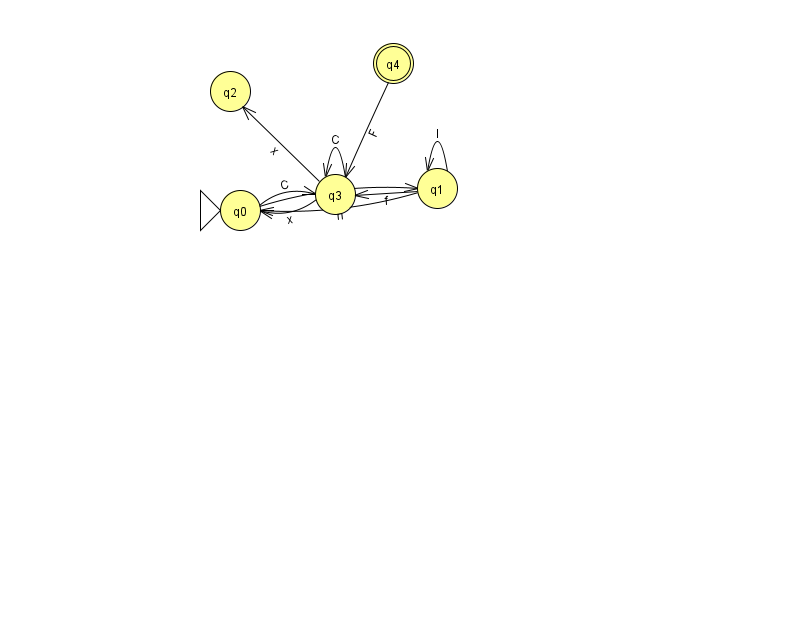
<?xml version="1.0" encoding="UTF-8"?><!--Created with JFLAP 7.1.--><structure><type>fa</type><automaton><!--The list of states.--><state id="0" name="q0"><x>240.0</x><y>197.0</y><initial/></state><state id="1" name="q1"><x>437.0</x><y>175.0</y></state><state id="2" name="q2"><x>230.0</x><y>78.0</y></state><state id="3" name="q3"><x>335.0</x><y>181.0</y></state><state id="4" name="q4"><x>393.0</x><y>50.0</y><final/></state><!--The list of transitions.--><transition><from>1</from><to>0</to><read>n</read></transition><transition><from>4</from><to>3</to><read>F</read></transition><transition><from>0</from><to>3</to><read>C</read></transition><transition><from>3</from><to>3</to><read>C</read></transition><transition><from>1</from><to>3</to><read>f</read></transition><transition><from>3</from><to>0</to><read>x</read></transition><transition><from>0</from><to>1</to><read>B</read></transition><transition><from>1</from><to>1</to><read>l</read></transition><transition><from>3</from><to>2</to><read>x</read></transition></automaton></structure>